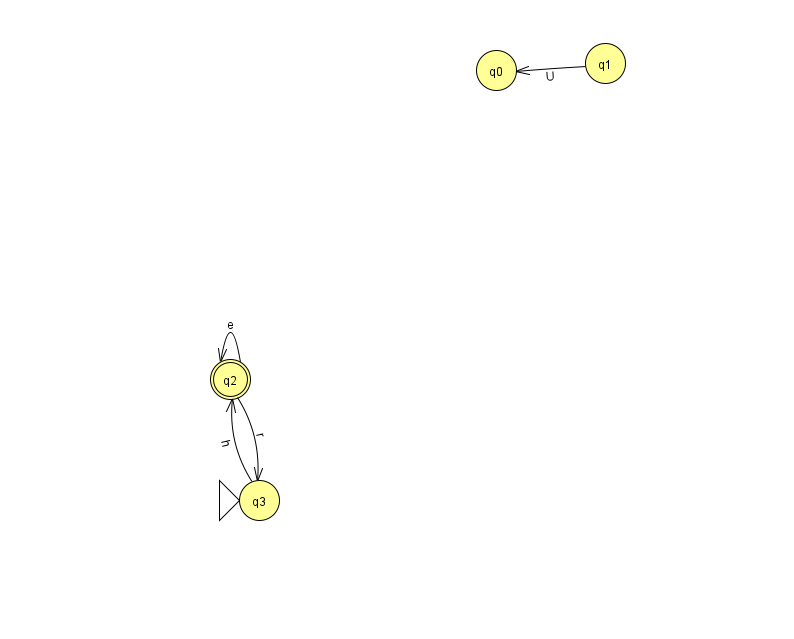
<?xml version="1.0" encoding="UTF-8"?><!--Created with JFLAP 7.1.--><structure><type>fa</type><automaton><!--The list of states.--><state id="0" name="q0"><x>496.0</x><y>57.0</y></state><state id="1" name="q1"><x>605.0</x><y>50.0</y></state><state id="2" name="q2"><x>230.0</x><y>366.0</y><final/></state><state id="3" name="q3"><x>259.0</x><y>487.0</y><initial/></state><!--The list of transitions.--><transition><from>2</from><to>3</to><read>r</read></transition><transition><from>1</from><to>0</to><read>U</read></transition><transition><from>2</from><to>2</to><read>e</read></transition><transition><from>3</from><to>2</to><read>h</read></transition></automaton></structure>